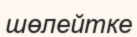
шөлейтке